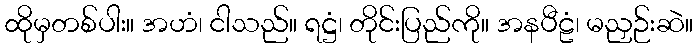
ထိုမှတစ်ပါး။ အဟံ၊ ငါသည်။ ရဋ္ဌံ၊ တိုင်းပြည်ကို။ အနပီဠံ၊ မညှဉ်းဆဲ။